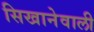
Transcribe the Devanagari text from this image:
सिखानेवाली